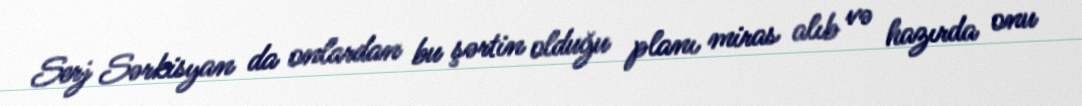
Serj Sərkisyan da onlardan bu şərtin olduğu planı miras alıb və hazırda onu